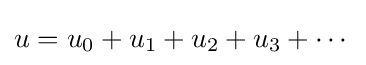
u=u_{0}+u_{1}+u_{2}+u_{3}+\cdots